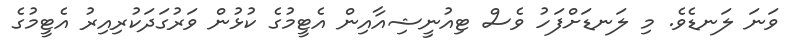
ވަނަ ލަނޑެވެ. މި ލަނޑަށްފަހު ވެސް ޓިއުނީޝިއާއިން އެޓީމުގެ ކުޅުން ވަރުގަދަކުރިއިރު އެޓީމުގެ